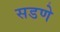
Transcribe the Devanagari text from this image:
सडणे